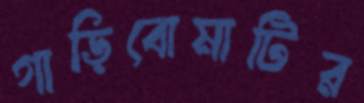
গাড়িবোমাটির